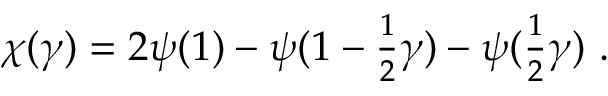
\chi ( \gamma ) = 2 \psi ( 1 ) - \psi ( 1 - { \textstyle { \frac { 1 } { 2 } } } \gamma ) - \psi ( { \textstyle { \frac { 1 } { 2 } } } \gamma ) \, \, .